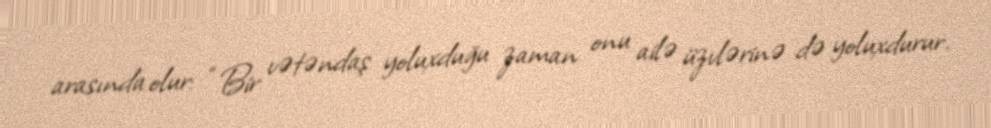
arasında olur: “Bir vətəndaş yoluxduğu zaman onu ailə üzvlərinə də yoluxdurur.